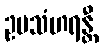
ဥပသံဟရန္တီ